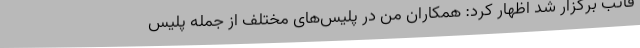
فاتب برگزار شد اظهار کرد: همکاران من در پلیس‌های مختلف از جمله پلیس